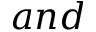
a n d